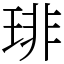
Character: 琲